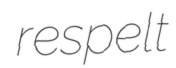
respelt